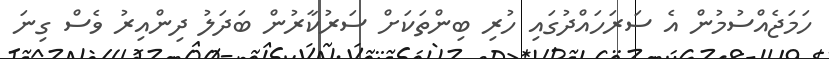
ހަމަޖެއްސުމުން އެ ސަރަހައްދުގައި ހުރި ބިންތަކަށް ސަރުކާރުން ބަދަލު ދިންއިރު ވެސް ގިނަ